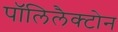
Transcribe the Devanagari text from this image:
पॉलिलैक्टोन